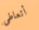
أتعاطى